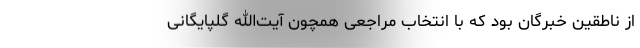
از ناطقین خبرگان بود که با انتخاب مراجعی همچون آیت‌الله گلپایگانی